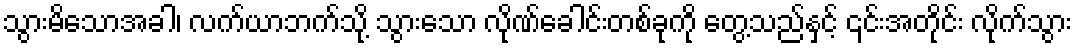
သွားမိသောအခါ၊ လက်ယာဘက်သို့ သွားသော လိုဏ်ခေါင်းတစ်ခုကို တွေ့သည်နှင့် ၎င်းအတိုင်း လိုက်သွား